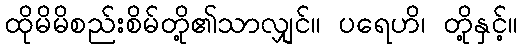
ထိုမိမိစည်းစိမ်တို့၏သာလျှင်။ ပရေဟိ၊ တို့နှင့်။